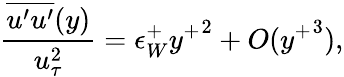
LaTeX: \frac{\overline{{u^{\prime}u^{\prime}}}(y)}{u_{\tau}^{2}}=\epsilon_{W}^{+}{y^{+}}^{2}+O({y^{+}}^{3}),